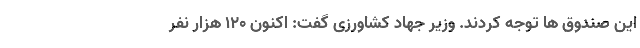
این صندوق ها توجه کردند. وزیر جهاد کشاورزی گفت: اکنون ۱۲۰ هزار نفر